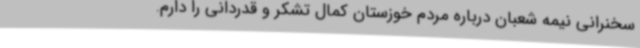
سخنرانی نیمه شعبان درباره مردم خوزستان کمال تشکر و قدردانی را دارم.